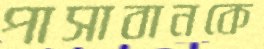
পাসাবানকে